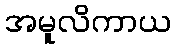
အမူလိကာယ